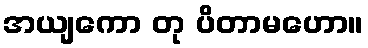
အယျကော တု ပိတာမဟော။